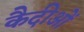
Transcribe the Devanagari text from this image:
कैदीओं